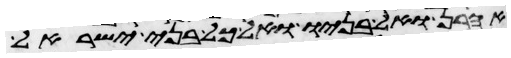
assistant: אהרן ואל בניו ואל כל בני ישראל